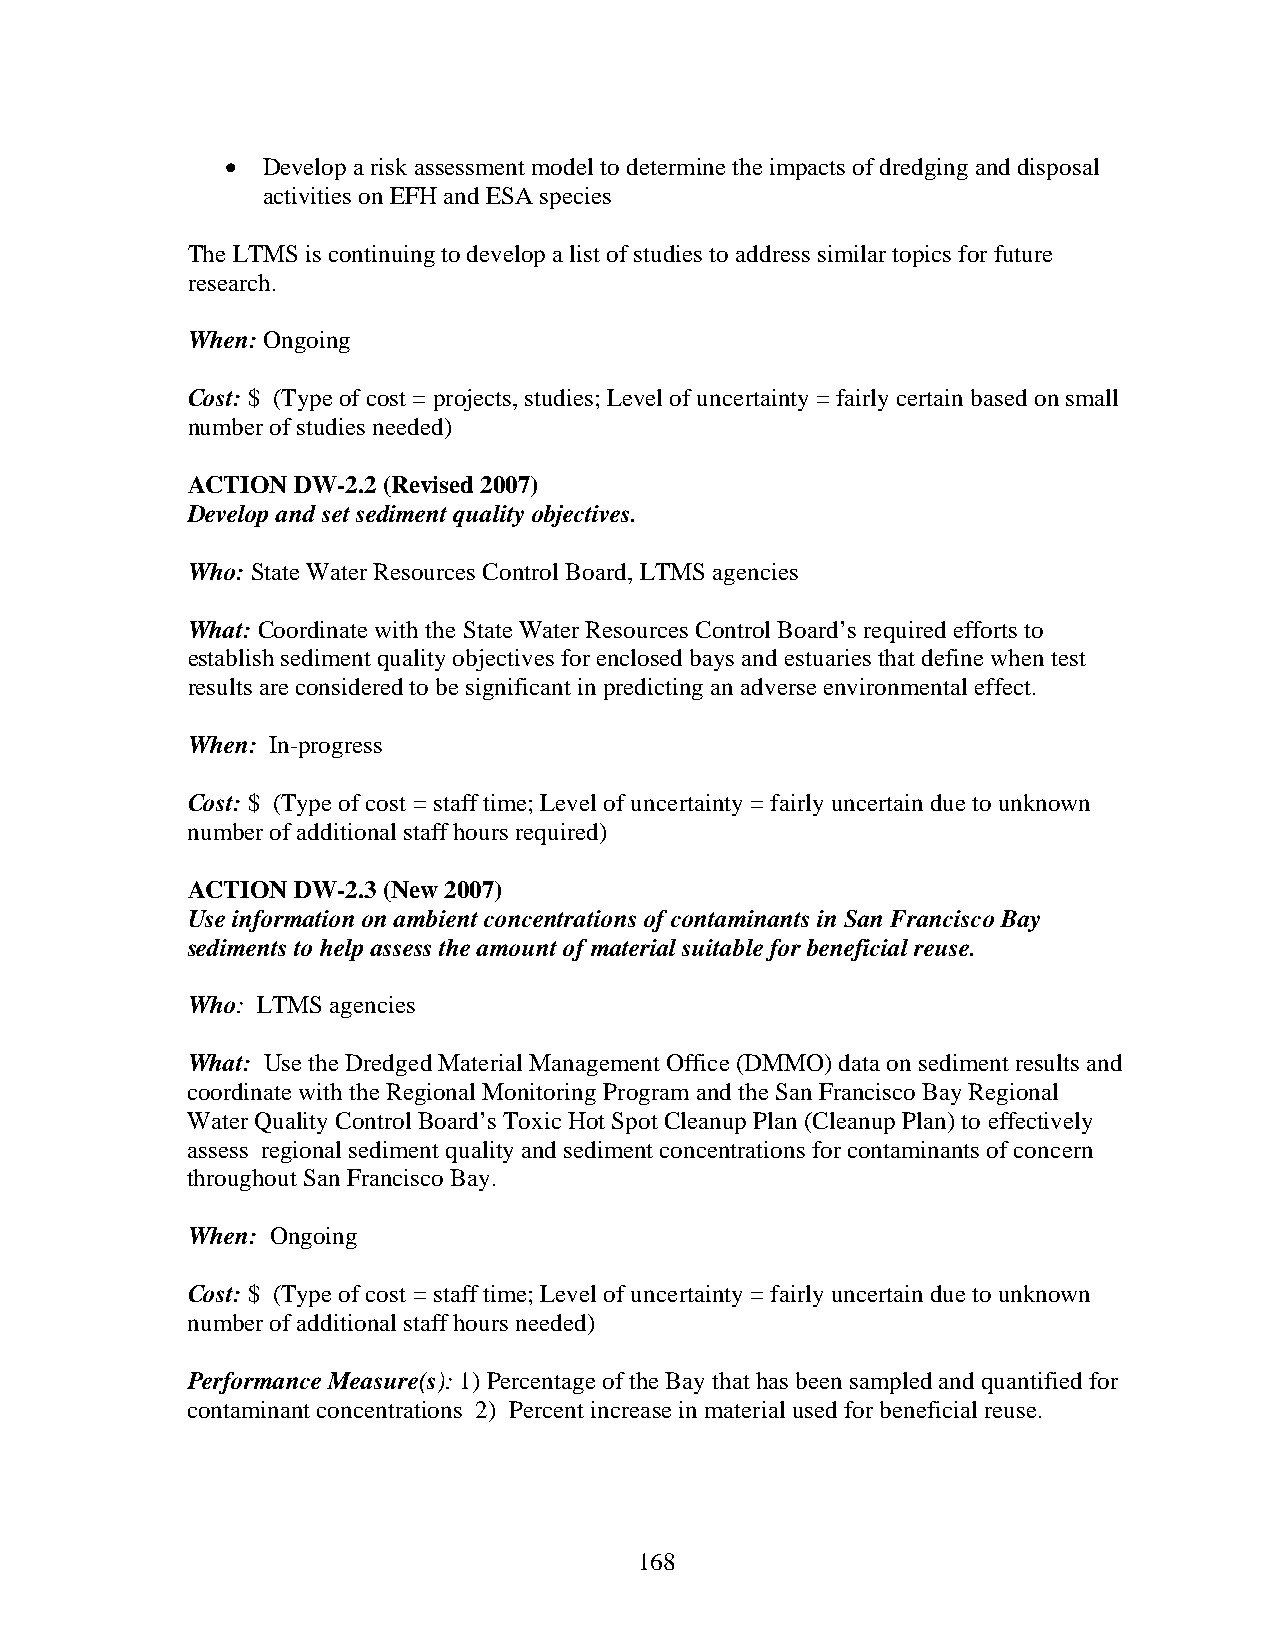
• Develop a risk assessment model to determine the impacts of dredging and disposal
 activities on EFH and ESA species
 The LTMS is continuing to develop a list of studies to address similar topics for future
 research.
 When: Ongoing
 Cost: $ (Type of cost = projects, studies; Level of uncertainty = fairly certain based on small
 number of studies needed)
 ACTION DW-2.2 (Revised 2007)
 Develop and set sediment quality objectives.
 Who: State Water Resources Control Board, LTMS agencies
 What: Coordinate with the State Water Resources Control Board’s required efforts to
 establish sediment quality objectives for enclosed bays and estuaries that define when test
 results are considered to be significant in predicting an adverse environmental effect.
 When: In-progress
 Cost: $ (Type of cost = staff time; Level of uncertainty = fairly uncertain due to unknown
 number of additional staff hours required)
 ACTION DW-2.3 (New 2007)
 Use information on ambient concentrations of contaminants in San Francisco Bay
 sediments to help assess the amount of material suitable for beneficial reuse.
 Who: LTMS agencies
 What: Use the Dredged Material Management Office (DMMO) data on sediment results and
 coordinate with the Regional Monitoring Program and the San Francisco Bay Regional
 Water Quality Control Board’s Toxic Hot Spot Cleanup Plan (Cleanup Plan) to effectively
 assess regional sediment quality and sediment concentrations for contaminants of concern
 throughout San Francisco Bay.
 When: Ongoing
 Cost: $ (Type of cost = staff time; Level of uncertainty = fairly uncertain due to unknown
 number of additional staff hours needed)
 Performance Measure(s): 1) Percentage of the Bay that has been sampled and quantified for
 contaminant concentrations 2) Percent increase in material used for beneficial reuse.
 168